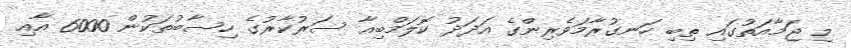
މި ޖަމާއަތުގައި ތިބި ހަނގުރާމަވެރިންގެ އަދަދު ކޮލަމްބިއާ ސަރުކާރުގެ ހިސާބުތަކުން 6000 އާއި